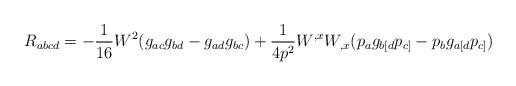
LaTeX: \begin{align*}R_{abcd}=-\frac{1}{16}W^2 (g_{ac}g_{bd}-g_{ad}g_{bc})+\frac{1}{4p^2}W^{,x}W_{,x}(p_ag_{b[d}p_{c]}-p_bg_{a[d}p_{c]})\end{align*}